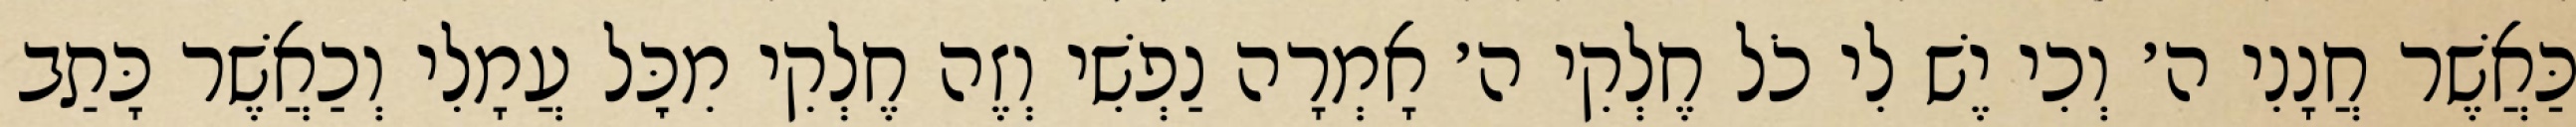
כַּאֲשֶׁר חֲנָנִי ה׳ וְכִי יֶשׁ לִי כֹל חֶלְקִי ה׳ אָמְרָה נַפְשִׁי וְזֶה חֶלְקִי מִכׇּל עֲמָלִי וְכַאֲשֶׁר כָּתַב